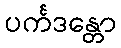
ပင်္ကဒန္တော